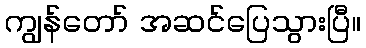
ကျွန်တော် အဆင်ပြေသွားပြီ။